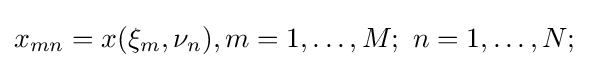
x_{mn}=x(\xi _{m},\nu _{n}),m=1,\dots ,M;\ n=1,\dots ,N;